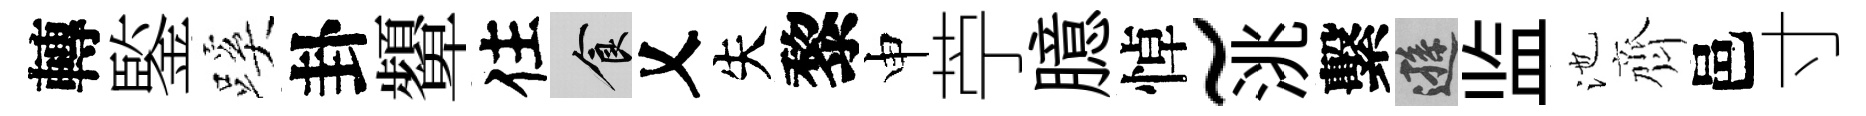
轉鍳蹊卦顰住食乂失黎申苧臆悼~洮繫遜监池齊邑寸